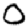
Digit: 0